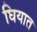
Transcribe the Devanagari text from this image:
घियात